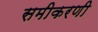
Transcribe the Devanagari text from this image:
समीकरणी